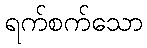
ရက်စက်သော